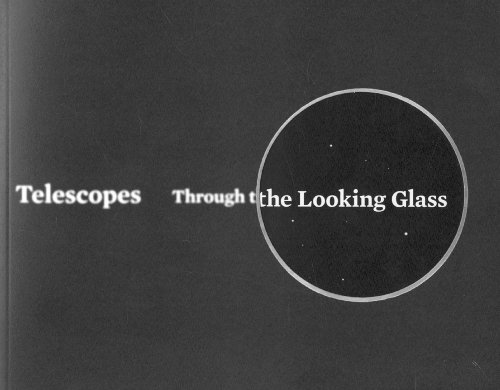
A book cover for Telescopes: Through the Looking Glass; Marvin Bolt; Science & Math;